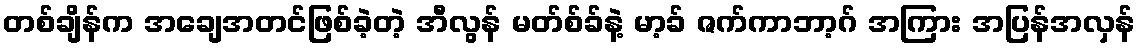
တစ်ချိန်က အချေအတင်ဖြစ်ခဲ့တဲ့ အီလွန် မတ်စ်ခ်နဲ့ မာ့ခ် ဇက်ကာဘာ့ဂ် အကြား အပြန်အလှန်